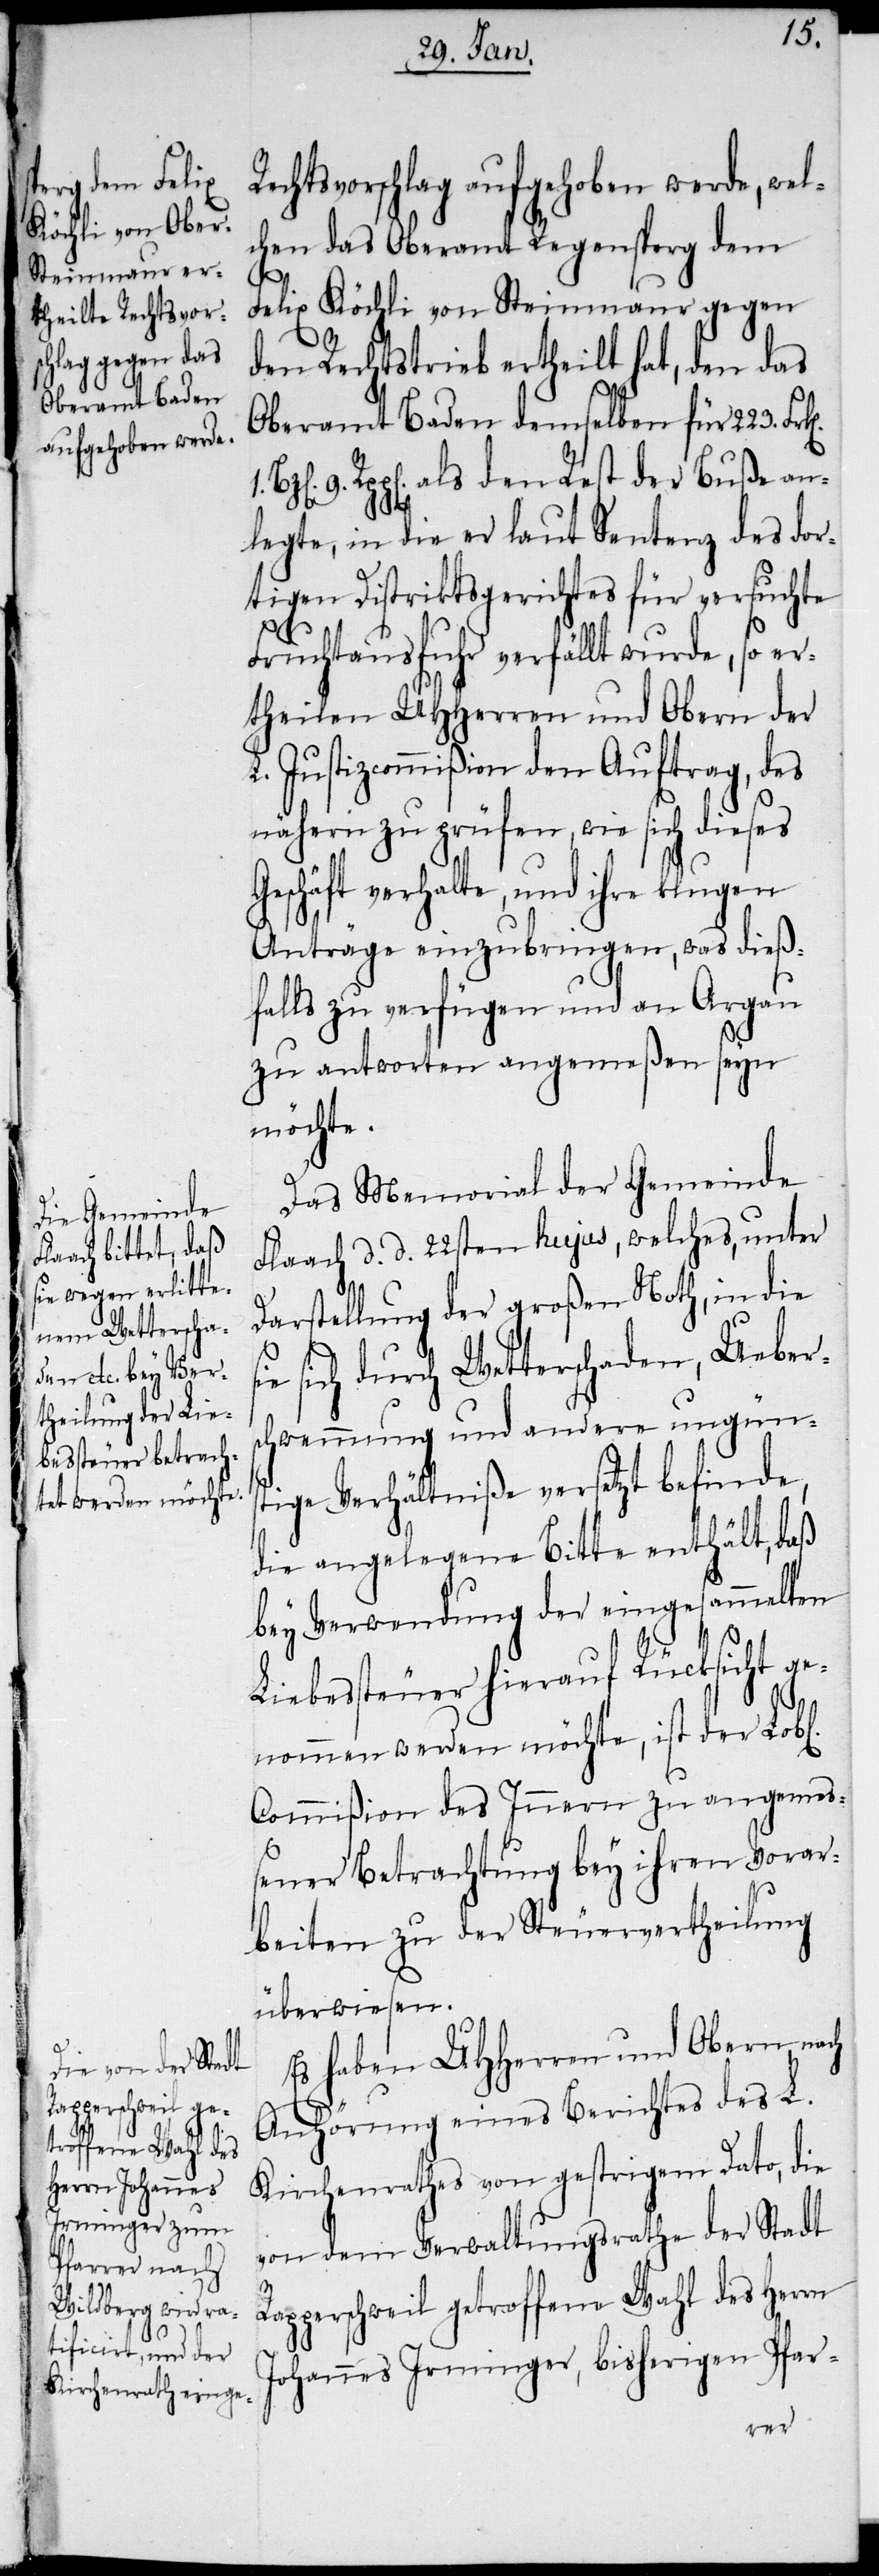
Rechtsvorschlag aufgehoben werde, wel¬
chen das Oberamt Regensperg dem
Felix Köchli von Steinmaur gegen
den Rechtstrieb ertheilt hat, den das
Oberamt Baden demselben für 223.
Rpp[en]. als den Rest der Buße an¬
legte, in die er laut Sentenz des dor¬
tigen Distriktsgerichtes für versuchte
Fruchtausfuhr verfällt wurde, so er¬
theilen UHHerren und Obern der
Justizcommißion den Auftrag, des
nähern zu prüfen, wie sich dieses
Geschäft verhalte, und ihre klugen
Anträge einzubringen, was dieß¬
falls zu verfügen und an Argau
zu antworten angemeßen seyn
möchte.
Das Memorial der Gemeinde
Flaach d. d. 22sten hujus, welches, unter
Darstellung der großen Noth, in die
sich durch Wetterschaden, Uebers¬
chwemmung und andere ungüns¬
tige Verhältniße versetzt befinde,
die angelegene Bitte enthält, daß
bey Verwendung der eingesammelten
Liebessteuer hierauf Rücksicht ge¬
nommen werden möchte, ist der
Commißion des Innern zu angemeß¬
ener Betrachtung bey ihren Vorar¬
beiten zu der Steuervertheilung
überwiesen.
Es haben UHHerren und Obern, nach
R¬
Anhörung eines Berichtes des L.
Kirchenrathes von gestrigem Dato, die
von dem Verwaltungsrathe der Stadt
apperschweil getroffene Wahl des Herrn
Johannes Irminger, bisherigen Pfar-